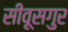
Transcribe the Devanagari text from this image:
सीवूसगुर